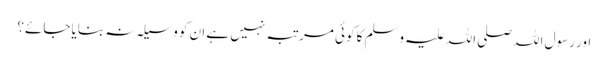
اور رسول اللہ صلی اللہ علیہ وسلم کا کوئی مرتبہ نہیں ہے ان کو وسیلہ نہ بنایا جائے؟